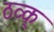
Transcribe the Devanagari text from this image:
ठव्क्